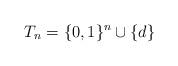
LaTeX: \begin{align*}T_n &= \{ 0,1\}^n \cup \{d\}\end{align*}